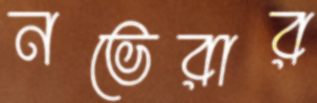
নভেরার